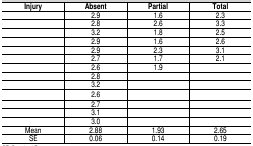
| Injury | Absent | Partial | Total |
 | --- | --- | --- | --- |
 |  | 2.9 | 1.6 | 2.3 |
 |  | 2.8 | 2.6 | 3.3 |
 |  | 3.2 | 1.8 | 2.5 |
 |  | 2.9 | 1.6 | 2.6 |
 |  | 2.9 | 2.3 | 3.1 |
 |  | 2.7 | 1.7 | 2.1 |
 |  | 2.6 | 1.9 |  |
 |  | 2.8 |  |  |
 |  | 3.2 |  |  |
 |  | 2.6 |  |  |
 |  | 2.7 |  |  |
 |  | 3.1 |  |  |
 |  | 3.0 |  |  |
 | Mean | 2.88 | 1.93 | 2.65 |
 | SE | 0.06 | 0.14 | 0.19 |